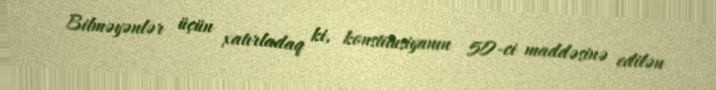
Bilməyənlər üçün xatırladaq ki, konstitusiyanın 50-ci maddəsinə edilən